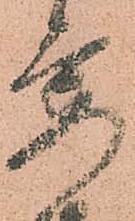
要